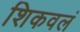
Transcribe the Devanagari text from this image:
शिकवलं